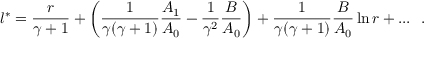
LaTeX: l ^ { * } = { \frac { r } { \gamma + 1 } } + \left( { \frac { 1 } { \gamma ( \gamma + 1 ) } } { \frac { A _ { 1 } } { A _ { 0 } } } - { \frac { 1 } { \gamma ^ { 2 } } } { \frac { B } { A _ { 0 } } } \right) + { \frac { 1 } { \gamma ( \gamma + 1 ) } } { \frac { B } { A _ { 0 } } } \ln r + . . . ~ ~ .